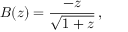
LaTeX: B ( z ) = { \frac { - z } { \sqrt { 1 + z } } } \, ,